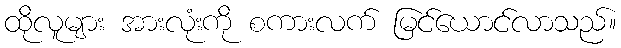
ထိုလူများ အားလုံးကို စကားလက် မြင်ယောင်လာသည်။